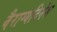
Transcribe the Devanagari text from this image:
वैराग्यदिनेश